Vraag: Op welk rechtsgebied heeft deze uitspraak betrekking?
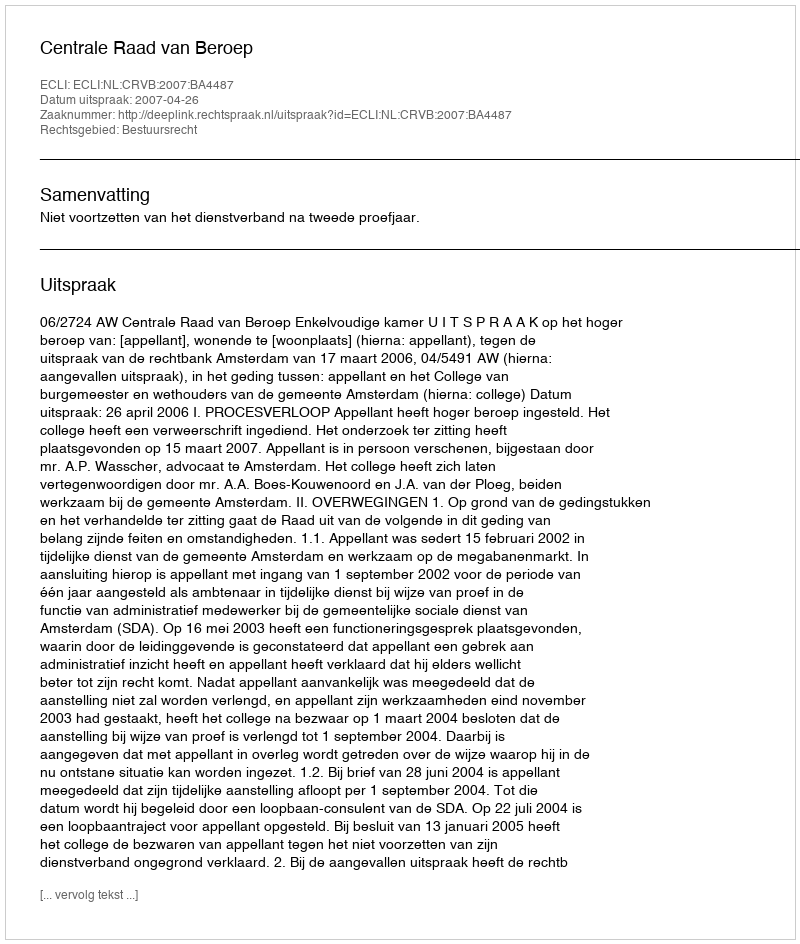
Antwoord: Bestuursrecht